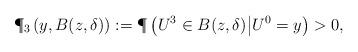
LaTeX: \begin{align*}\P_{3}\left(y,B(z,\delta)\right):=\P\left(U^3\in B(z,\delta)\big{|}U^0=y\right)>0,\end{align*}